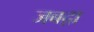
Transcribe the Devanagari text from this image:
जबद़ा